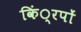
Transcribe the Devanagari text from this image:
किं्रपों